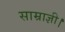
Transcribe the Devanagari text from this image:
साम्राज्ञी।